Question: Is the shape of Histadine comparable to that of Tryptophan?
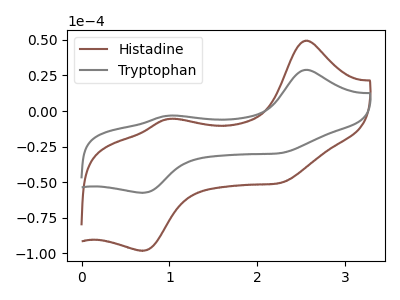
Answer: <think>The brown curve "Histadine" has anodic peaks at (2.55V, 49.40uA) (1.00V, -5.60uA) and cathodic peaks at (2.30V, -50.35uA) (0.70V, -98.15uA). The gray curve "Tryptophan" has anodic peaks at (2.55V, 28.95uA) (1.00V, -3.25uA) and cathodic peaks at (2.30V, -29.45uA) (0.70V, -57.50uA).
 All the peaks in "Histadine" have a peak in "Tryptophan" at the same potential.</think>
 <answer>"Histadine" and "Tryptophan" are similar in shape.</answer>
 <eval>same_shape</eval>